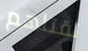
تقتلهم